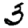
Digit: 3